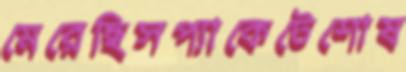
মেরেছিসপ্যাকেটেশোষ